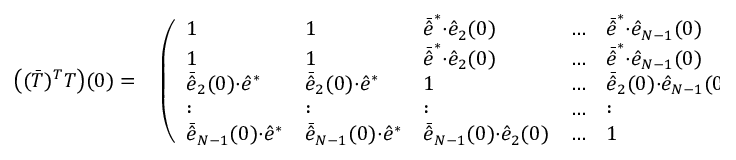
\begin{array} { r l } { \big ( ( \bar { T } ) ^ { T } T \big ) ( 0 ) = } & { { } \left( \begin{array} { l l l l l } { 1 } & { 1 } & { \bar { \hat { e } } ^ { * } { \cdot } \hat { e } _ { 2 } ( 0 ) } & { \dots } & { \bar { \hat { e } } ^ { * } { \cdot } \hat { e } _ { N - 1 } ( 0 ) } \\ { 1 } & { 1 } & { \bar { \hat { e } } ^ { * } { \cdot } \hat { e } _ { 2 } ( 0 ) } & { \dots } & { \bar { \hat { e } } ^ { * } { \cdot } \hat { e } _ { N - 1 } ( 0 ) } \\ { \bar { \hat { e } } _ { 2 } ( 0 ) { \cdot } \hat { e } ^ { * } } & { \bar { \hat { e } } _ { 2 } ( 0 ) { \cdot } \hat { e } ^ { * } } & { 1 } & { \dots } & { \bar { \hat { e } } _ { 2 } ( 0 ) { \cdot } \hat { e } _ { N - 1 } ( 0 ) } \\ { : } & { : } & { : } & { \dots } & { : } \\ { \bar { \hat { e } } _ { N - 1 } ( 0 ) { \cdot } \hat { e } ^ { * } } & { \bar { \hat { e } } _ { N - 1 } ( 0 ) { \cdot } \hat { e } ^ { * } } & { \bar { \hat { e } } _ { N - 1 } ( 0 ) { \cdot } \hat { e } _ { 2 } ( 0 ) } & { \dots } & { 1 } \end{array} \right) \, , } \end{array}